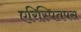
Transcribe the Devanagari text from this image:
एरिस्पितपस